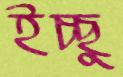
ইচ্ছু